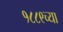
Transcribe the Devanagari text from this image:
१८८९च्या